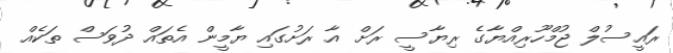
ރައީސުލް ޖުމްހޫރިއްޔާގެ ރިޔާސީ ރަށް އާ ރަށުގައި ޔާމީން އެތައް ދުވަސް ތަކެއް